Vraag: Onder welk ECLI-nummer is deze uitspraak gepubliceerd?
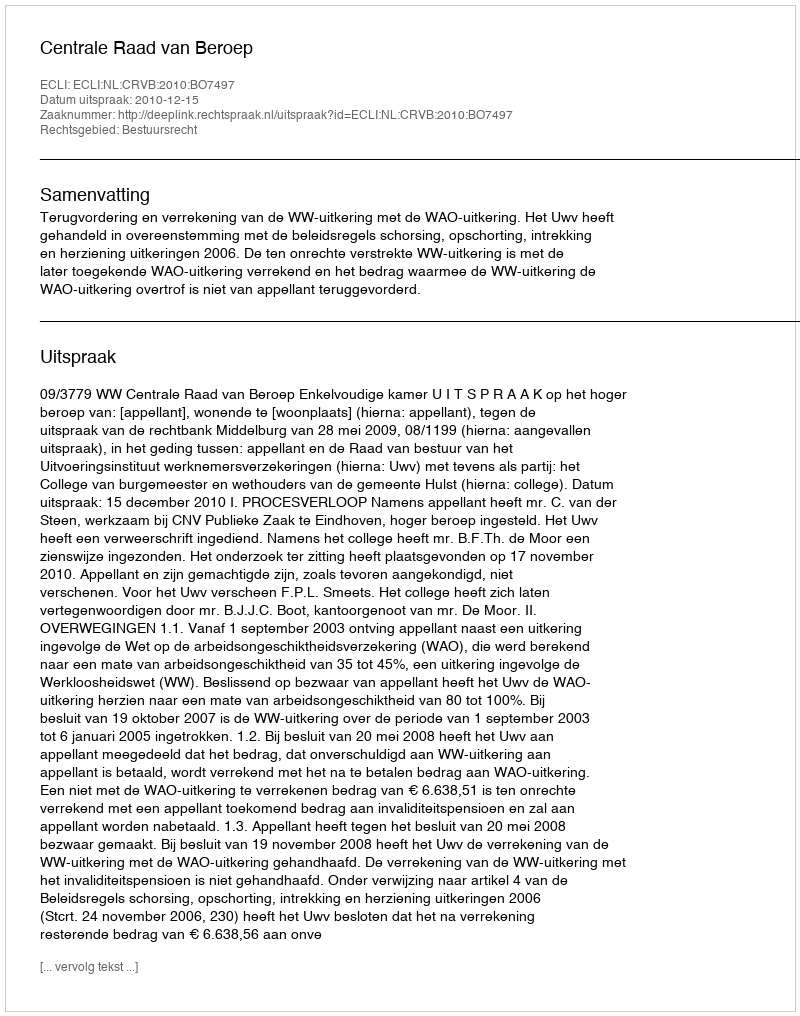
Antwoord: ECLI:NL:CRVB:2010:BO7497